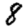
Digit: 8